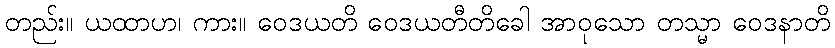
တည်း။ ယထာဟ၊ ကား။ ဝေဒယတိ ဝေဒယတီတိခေါ အာဝုသော တသ္မာ ဝေဒနာတိ